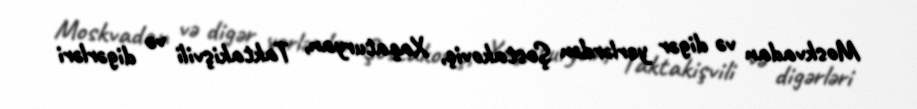
Moskvadan və digər yerlərdən Şostakoviç, Xaçaturyan, Taktakişvili və digərləri